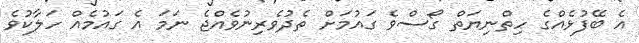
އެ ބޭފުޅެއްގެ ހިތްނިޔަތް ގޯސްވެ ގައުމަށް ތެދުވެރިނުވެއްޖެ ނަމަ އެ ގައުމެއް ހަލާކުވެ